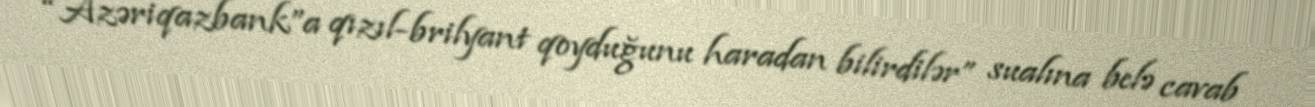
“Azəriqazbank”a qızıl-brilyant qoyduğunu haradan bilirdilər” sualına belə cavab